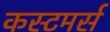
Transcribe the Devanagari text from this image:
कस्टमर्स